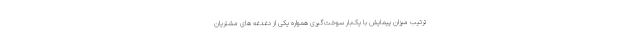
ترتیب میزان پیمایش با یک‌بار سوخت‌گیری همواره یکی از دغدغه های مشتریان